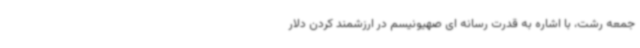
جمعه رشت، با اشاره به قدرت رسانه ای صهیونیسم در ارزشمند کردن دلار